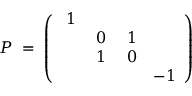
P \; = \; \left( \begin{array} { c c c c } { { \; 1 } } & { { } } & { { } } & { { } } \\ { { } } & { { \; 0 } } & { { \; 1 } } & { { } } \\ { { } } & { { \; 1 } } & { { \; 0 } } & { { } } \\ { { } } & { { } } & { { } } & { { - 1 } } \end{array} \right)